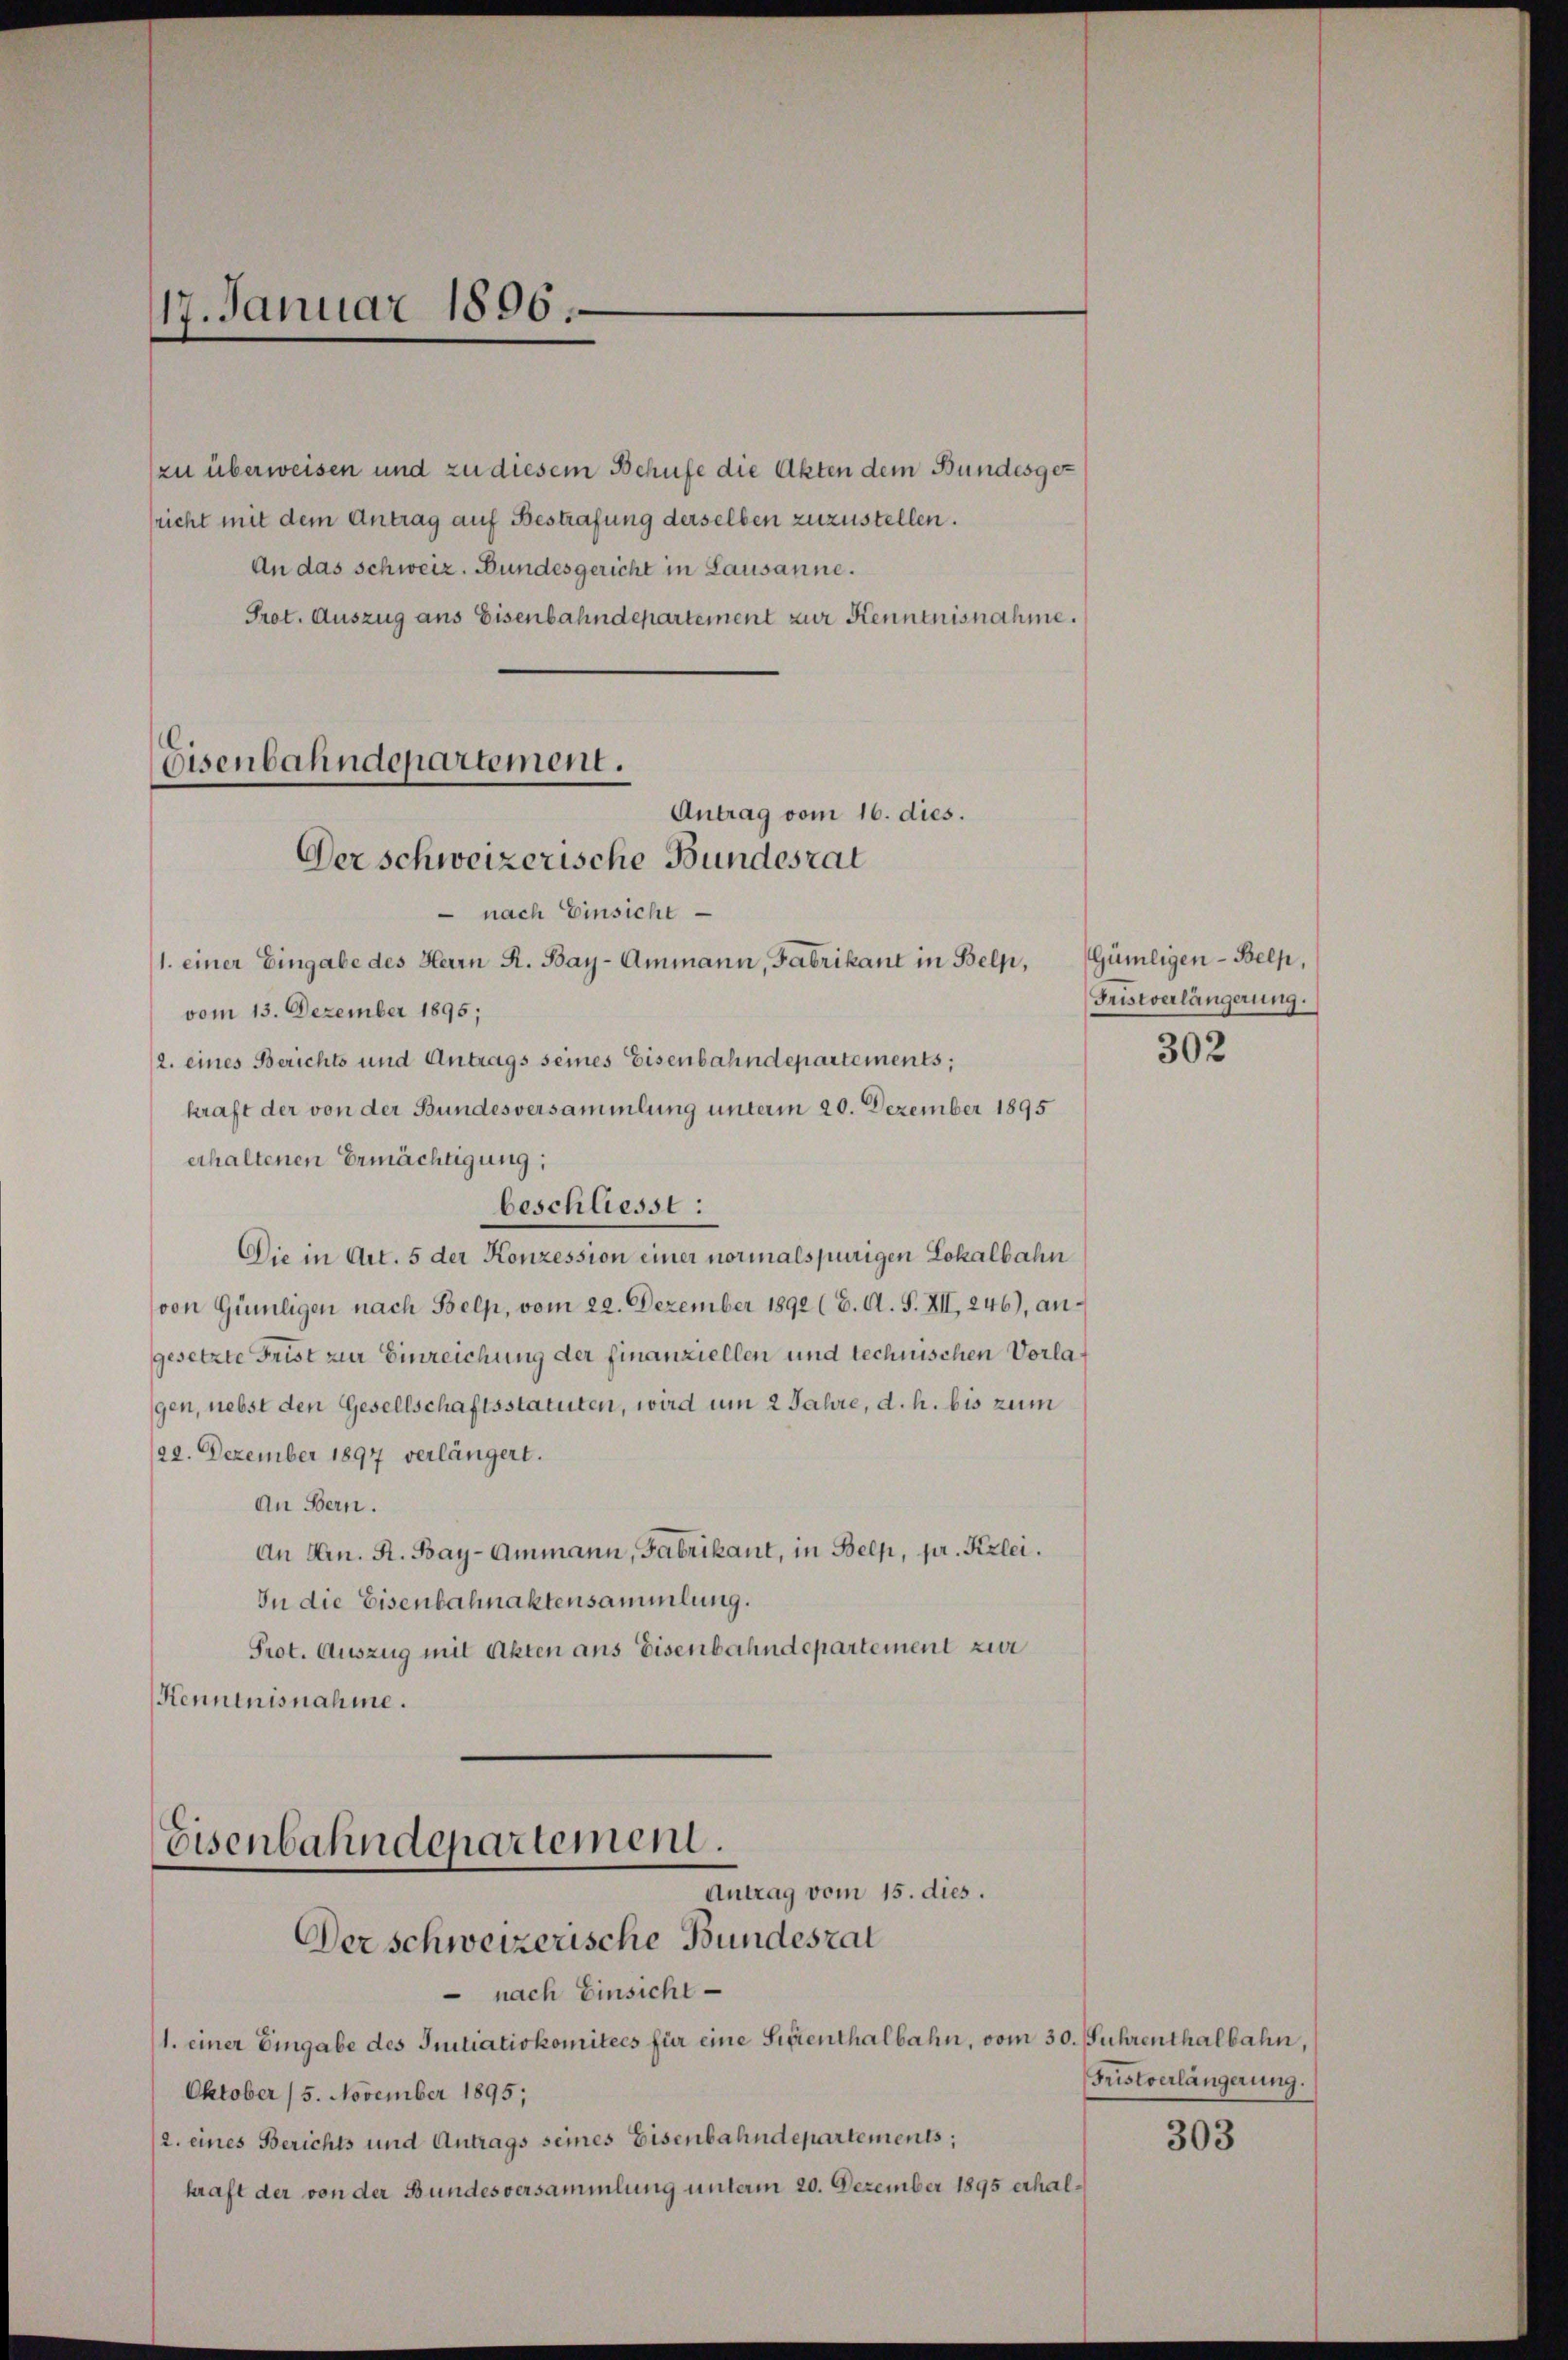
17. Januar 1806.

zu überweisen und zu diesem Behufe die Akten dem Bundesge-
Prot. Auszug aus Eisenbahndepartement zur Kenntnisnahme.

Eisenbahndepartement.
Antrag vom 16. dies.
Der schweizerische Bundesrat
 nach Einsicht
1. einer Eingabe des Herrn R. Bay-Ammann, Fabrikant in Belp, Gümligen-Belp,

vom 13. Dezember 1895;
2. eines Berichts und Antrags seines Eisenbahndepartements;
kraft der von der Bundesversammlung unterm 20. Dezember 1895
erhaltenen Ermächtigung;
Die in Art. 5 der Konzession einer normalspurigen Lokalbahn
von Gümiligen nach Belp, vom 22. Dezember 1890 (6. A. S. XII. 246), angesetzte Frist zur Einreichung der finanziellen und technischen Vorlagen, nebst den Gesellschaftsstatuten, wird um 2 Jahre, d. h. bis zum
/22. Dezember 1897 verlängert.
An Bern.
An Hrn. R. Bay-Ammann, Fabrikant, in Belp, pr. Kzlei.
In die Eisenbahnaktensammlung.
Prot. Auszug mit Akten ans Eisenbahndepartement zur
Kenntnisnahme.

beschliesst:

Eisenbahndepartement.
Antrag vom 15. dies.
Der schweizerische Bundesrat

richt mit dem Antrag auf Bestrafung derselben zuzustellen.
An das schweiz. Bundesgericht in Lausanne.

nach Einsicht
1. einer Eingabe des Initiativkomitees für eine Sigenthalbahn, vom 30. Fuhrenthalbahn,
Oktober 15. November 1895;
(2. eines Berichts und Antrags seines Eisenbahndepartements;
kraft der von der Bundesversammlung unterm 20. Dezember 1895 erhal¬

Fristverlängerung.

302

Fristverlängerung.

303